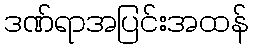
ဒဏ်ရာအပြင်းအထန်